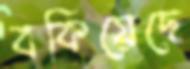
বকিয়েছে